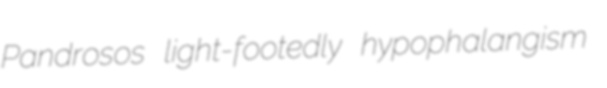
Pandrosos light-footedly hypophalangism